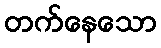
တက်နေသော